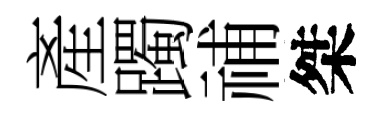
產躅𥙷桀